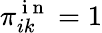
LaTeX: \pi_{ik}^{\mathrm{~i~n~}}=1